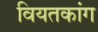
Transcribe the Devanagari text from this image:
वियतकांग